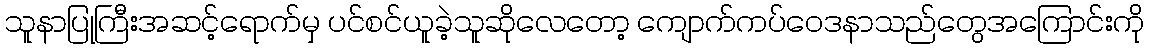
သူနာပြုကြီးအဆင့်ရောက်မှ ပင်စင်ယူခဲ့သူဆိုလေတော့ ကျောက်ကပ်ဝေဒနာသည်တွေအကြောင်းကို